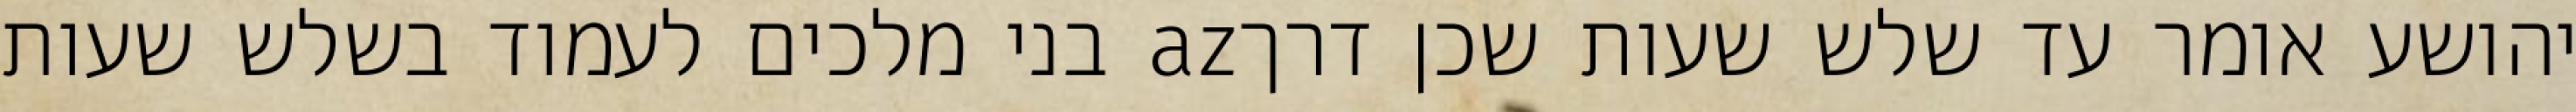
יהושע אומר עד שלש שעות שכן דרךaz בני מלכים לעמוד בשלש שעות